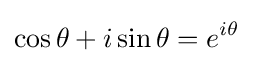
\cos \theta +i\sin \theta =e^{i\theta }